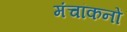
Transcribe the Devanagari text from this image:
मंचांकनों